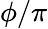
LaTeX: \phi/\pi